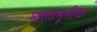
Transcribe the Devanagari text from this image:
भारताभूमीचा